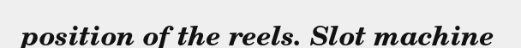
position of the reels. Slot machine